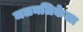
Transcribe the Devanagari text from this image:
जलनलिकेला